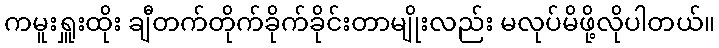
ကမူးရှူးထိုး ချီတက်တိုက်ခိုက်ခိုင်းတာမျိုးလည်း မလုပ်မိဖို့လိုပါတယ်။